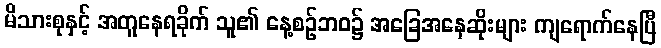
မိသားစုနှင့် အတူနေရခိုက် သူ၏ နေ့စဉ်ဘဝ၌ အခြေအနေဆိုးများ ကျရောက်နေပြီ